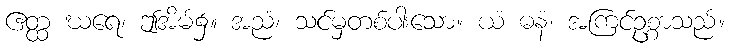
ဧတ္ထ ဃရေ၊ ဤအိမ်၌။ အညံ၊ သင်မှတစ်ပါးသော။ ယံ ဓနံ၊ အကြင်ဥစ္စာသည်။